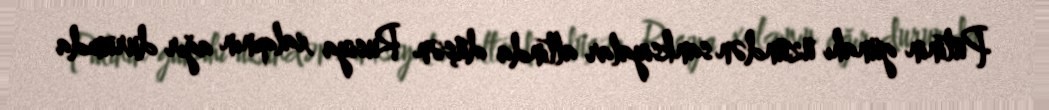
Putinin günahı üzündən sanksiyalar altında düşən Rusiya xalqının ağır durumda